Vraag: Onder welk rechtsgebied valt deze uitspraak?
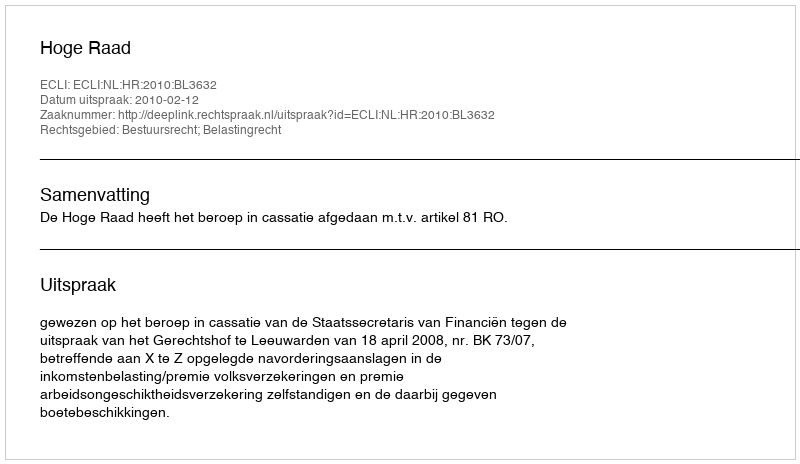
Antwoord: Bestuursrecht; Belastingrecht